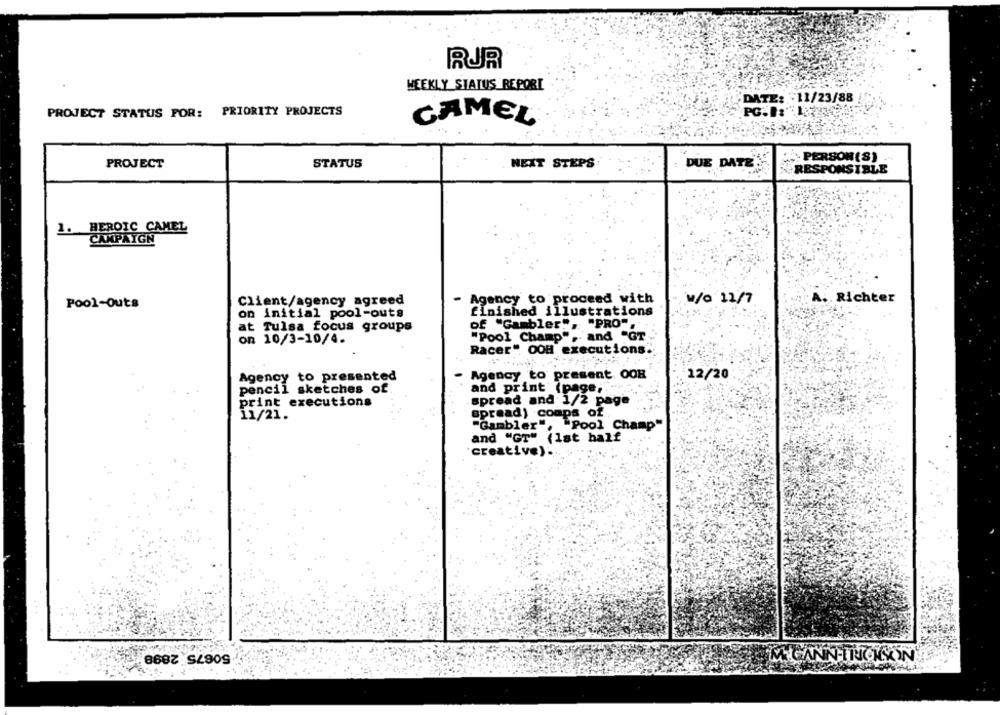
RUR
WEEKLY STATUS REPORT
DATE: - 11/23/88
PROJECT STATUS FOR: PRIORITY PROJECTS
CAMEL
PERSON (S)
PROJECT
STATUS
NEXT STEPS
DUE DATE
RESPONSIBLE
1. HEROIC CAMEL
CAMPAIGN
Client/agency agreed
- Agency to proceed with
W/0 12/7
A. Richter
Pool-Outs
on initial pool-outs
finished illustrations
at Tulsa focus groups
of "Gambler", "PRO".
on 10/3-10/4.
"Pool Champ".
Ph .. and "GT
Racer". OOH executions.
Agency to presented
Agency to present OOH
12/20
pencil sketches of
and print (page,
print executions
spread and 1/2 page
spread) comps of
11/21.
"Gambler", "Pool Champ"
and "GT" (1st half
creative) ..
50675 2898
WMCANN-TNOSON